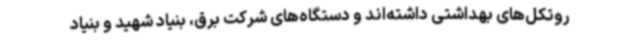
روتکل‌های بهداشتی داشته‌اند و دستگاه‌های شرکت برق، بنیاد شهید و بنیاد